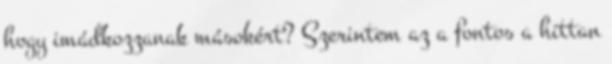
hogy imádkozzanak másokért? Szerintem az a fontos a hittan